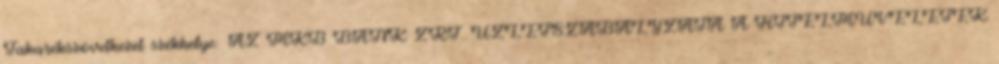
Takarékszövetkezet székhelye: AZ MKB BANK ZRT. ÜZLETSZABÁLYZATA A HITELMŰVELETEK